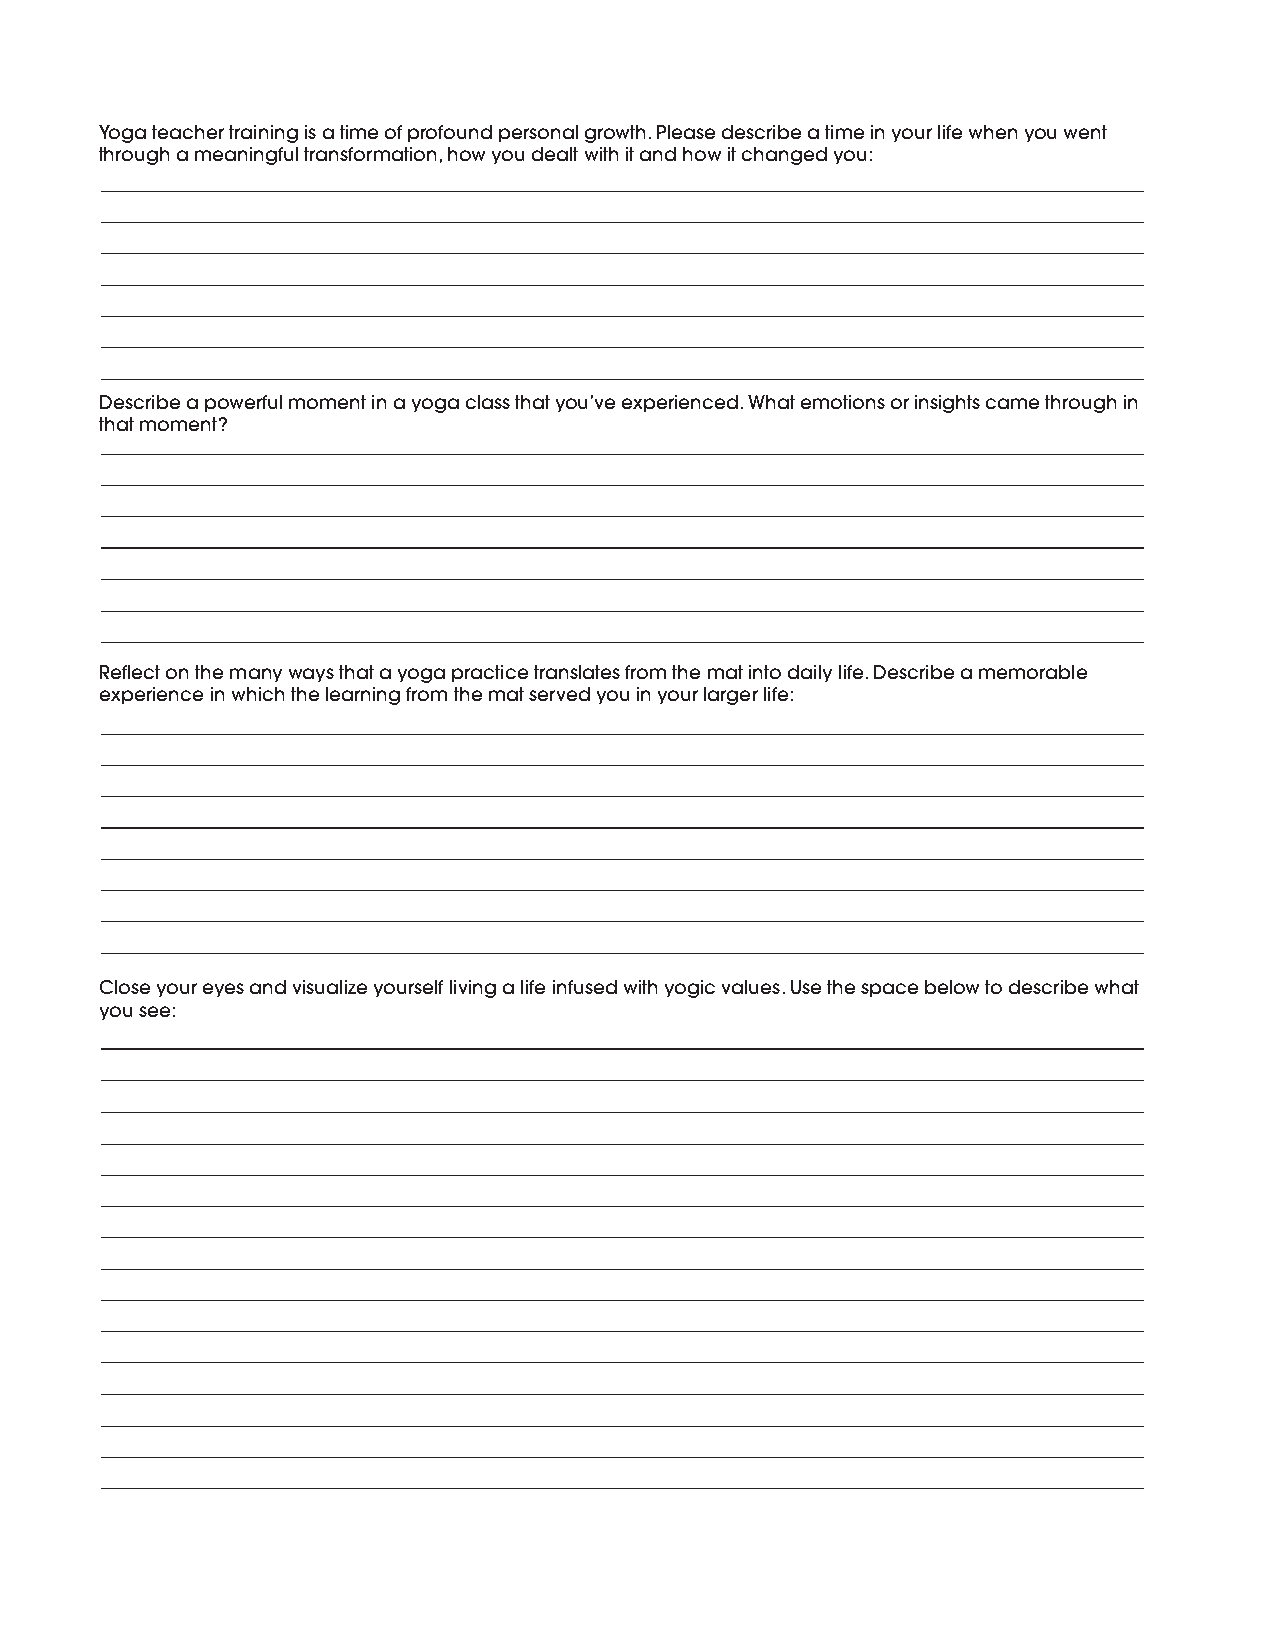
Yoga teacher training is a time of profound personal growth. Please describe a time in your life when you went
 through a meaningful transformation, how you dealt with it and how it changed you:
 Describe a powerful moment in a yoga class that you’ve experienced. What emotions or insights came through in
 that moment?
 Reflect on the many ways that a yoga practice translates from the mat into daily life. Describe a memorable
 experience in which the learning from the mat served you in your larger life:
 Close your eyes and visualize yourself living a life infused with yogic values. Use the space below to describe what
 you see: